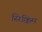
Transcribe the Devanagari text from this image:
सिक्किम